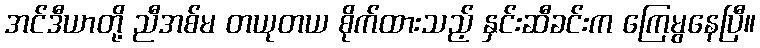
အင်ဒီယာတို့ ညီအစ်မ တယုတယ စိုက်ထားသည့် နှင်းဆီခင်းက ကြေမွနေပြီ။